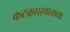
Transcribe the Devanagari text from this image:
कटकारस्थानाच्या